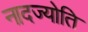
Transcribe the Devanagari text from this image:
नादज्योति